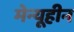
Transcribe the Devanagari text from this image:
मेन्यूहीन